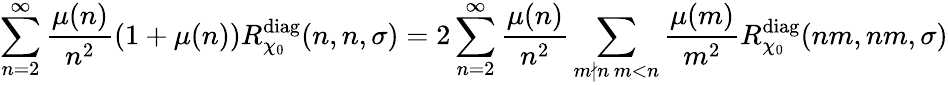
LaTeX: \sum_{n=2}^{\infty}\frac{\mu(n)}{n^{2}}\left(1+\mu(n)\right)R_{\chi_{0}}^{\textnormal{diag}}(n,n,\sigma)=2\sum_{n=2}^{\infty}\frac{\mu(n)}{n^{2}}\sum_{\substack{m\nmid n\, m<n}}\frac{\mu(m)}{m^{2}}R_{\chi_{0}}^{\textnormal{diag}}(nm,nm,\sigma)